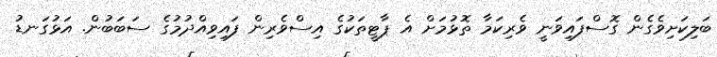
ބަލިކަށިވެގެން ގޮސްފައިވަނީ ވެރިކަމާ ތޮޅުމަށް އެ ޕާޓީތަކުގެ އިސްވެރިން ފައިވިއްދުމުގެ ސަބަބުން. އަޅުގަނޑު